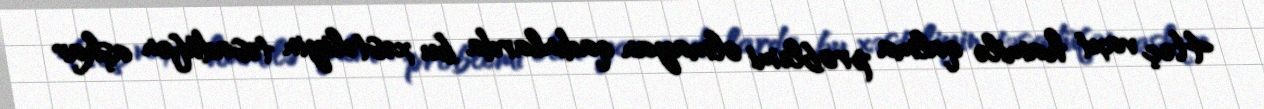
Heç vaxt hamilə qalma problemi olmayan qadınlarda bu xəstəliyin təsadüfən aşkar